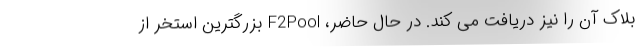
بلاک آن را نیز دریافت می کند. در حال حاضر، F2Pool بزرگترین استخر از